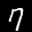
Digit: 7